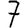
Digit: 7